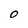
Character: 0